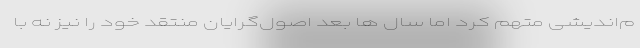
م‌اندیشی متهم کرد اما سال ها بعد اصول‌گرایان منتقد خود را نیز نه با